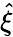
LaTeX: \hat{\xi}